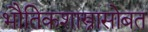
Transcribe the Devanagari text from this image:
भौतिकशास्त्रासोबत